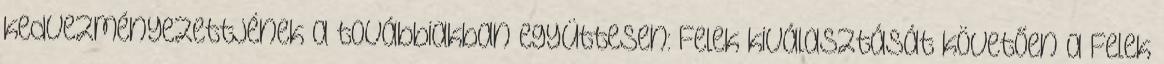
kedvezményezettjének a továbbiakban együttesen: Felek kiválasztását követően a Felek